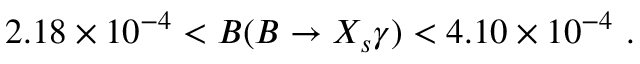
2 . 1 8 \times 1 0 ^ { - 4 } < B ( B \to X _ { s } \gamma ) < 4 . 1 0 \times 1 0 ^ { - 4 } \ .